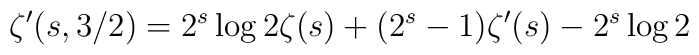
\zeta'(s,3/2)=2^s\log 2\zeta(s)+(2^s-1)\zeta'(s)-2^s\log2